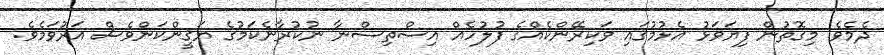
ދެމެވެ. މިގޮތުން ފިޔަވަޅު އެޅުމުގައި ވަކިރޭންކެއްގެ ފުލުހެއް އިސްތިސްނާ ނުކުރާނެކަމުގެ ޔަޤީންކަންވެސް އަރުވަމެވެ.